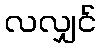
လလျှင်